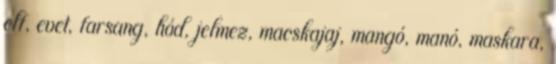
elf, evet, farsang, hód, jelmez, macskajaj, mangó, manó, maskara,